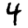
Digit: 4